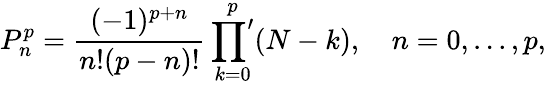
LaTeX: P_{n}^{p}=\frac{(-1)^{p+n}}{n!(p-n)!}\mathop{{\prod}^{\prime}}_{k=0}^{p}(N-k),\quad n=0,...,p,